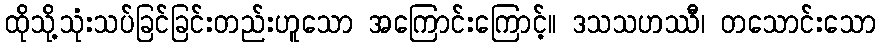
ထိုသို့သုံးသပ်ခြင်ခြင်းတည်းဟူသော အကြောင်းကြောင့်။ ဒသသဟဿီ၊ တသောင်းသော